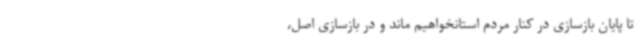
تا پایان بازسازی در کنار مردم استانخواهیم ماند و در بازسازی اصل،